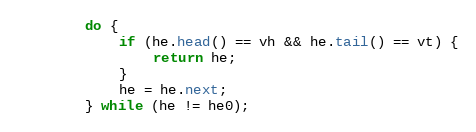
Language: Java
        do {
            if (he.head() == vh && he.tail() == vt) {
                return he;
            }
            he = he.next;
        } while (he != he0);